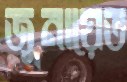
জুনায়েত